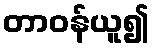
တာဝန်ယူ၍